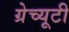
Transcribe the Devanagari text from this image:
ग्रेच्यूटी